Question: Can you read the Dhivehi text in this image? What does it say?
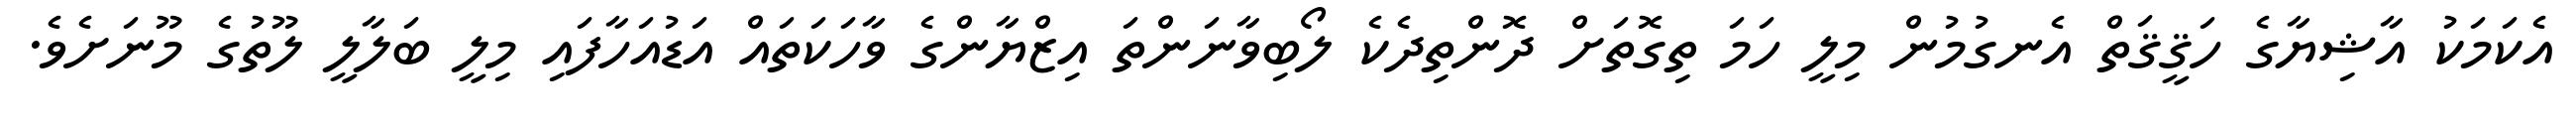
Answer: އެކަމަކު އާޝިޔާގެ ހަޤީޤަތް އެނގުމުން މިލީ ހަމަ ތިގޮތަށް ދޮންތިދެކެ ލޯބިވާނަންތަ އިޒްޔާންގެ ވާހަކަތައް އަޑުއަހާފައި މިލީ ބަލާލީ ލޫތުގެ މޫނަށެވެ.